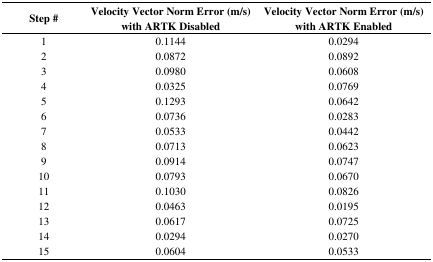
<table><thead><tr><td><b>Step #</b></td><td><b>Velocity Vector Norm Error (m/s) with ARTK Disabled</b></td><td><b>Velocity Vector Norm Error (m/s) with ARTK Enabled</b></td></tr></thead><tbody><tr><td>1</td><td>0.1144</td><td>0.0294</td></tr><tr><td>2</td><td>0.0872</td><td>0.0892</td></tr><tr><td>3</td><td>0.0980</td><td>0.0608</td></tr><tr><td>4</td><td>0.0325</td><td>0.0769</td></tr><tr><td>5</td><td>0.1293</td><td>0.0642</td></tr><tr><td>6</td><td>0.0736</td><td>0.0283</td></tr><tr><td>7</td><td>0.0533</td><td>0.0442</td></tr><tr><td>8</td><td>0.0713</td><td>0.0623</td></tr><tr><td>9</td><td>0.0914</td><td>0.0747</td></tr><tr><td>10</td><td>0.0793</td><td>0.0670</td></tr><tr><td>11</td><td>0.1030</td><td>0.0826</td></tr><tr><td>12</td><td>0.0463</td><td>0.0195</td></tr><tr><td>13</td><td>0.0617</td><td>0.0725</td></tr><tr><td>14</td><td>0.0294</td><td>0.0270</td></tr><tr><td>15</td><td>0.0604</td><td>0.0533</td></tr></tbody></table>